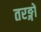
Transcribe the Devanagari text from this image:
तरङ्गों